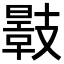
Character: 𢻣